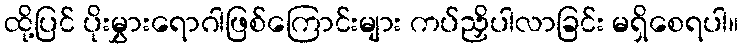
ထို့ပြင် ပိုးမွှားရောဂါဖြစ်ကြောင်းများ ကပ်ညှိပါလာခြင်း မရှိစေရပါ။